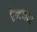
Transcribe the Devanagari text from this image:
रेन्टकार